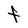
Character: F